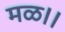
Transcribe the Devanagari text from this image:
मळ।।